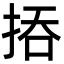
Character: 㧷